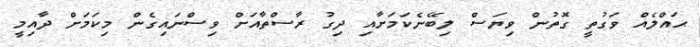
ޙައްލެއް ވަގުތީ ގޮތުން ވިޔަސް ލިބޭނެކަމަށާއި ދިގު ރާސްތާއަށް ވިސްނައިގެން މިކަމަށް ދާއިމީ